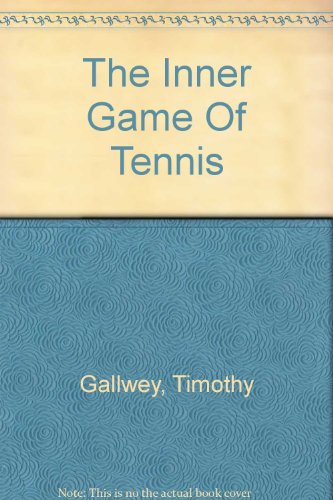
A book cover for The Inner Game Of Tennis; Timothy Gallwey; Sports & Outdoors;